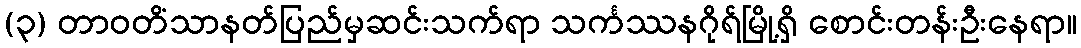
(၃) တာဝတိံသာနတ်ပြည်မှဆင်းသက်ရာ သင်္ကဿနဂိုရ်မြို့ရှိ စောင်းတန်းဦးနေရာ။